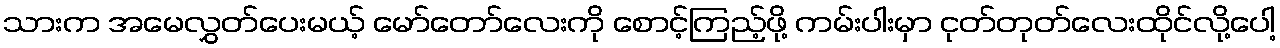
သားက အမေလွှတ်ပေးမယ့် မော်တော်လေးကို စောင့်ကြည့်ဖို့ ကမ်းပါးမှာ ငုတ်တုတ်လေးထိုင်လို့ပေါ့